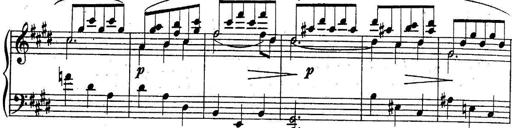
Title: Sonatine
Composer: Adrian Shaposhnikov
Key: E minor